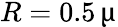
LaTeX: R=0.5\, \upmu